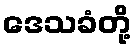
ဒေသခံတို့